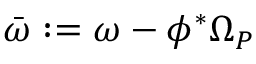
\bar { \omega } : = \omega - \phi ^ { * } \Omega _ { P }